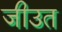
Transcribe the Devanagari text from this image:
जीउत